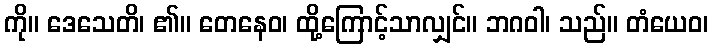
ကို။ ဒေသေတိ၊ ၏။ တေနေဝ၊ ထို့ကြောင့်သာလျှင်။ ဘဂဝါ၊ သည်။ တံယေဝ၊